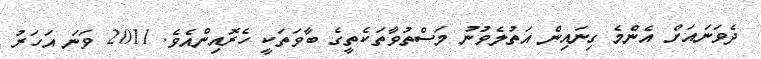
ދެވަނައަށް އެންމެ ގިނައިން އަތުލެވުނު މަސްތުވާތަކެތީގެ ބާވަތަކީ ހެރޮއިންއެވެ. 2011 ވަނަ އަހަރު